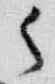
云